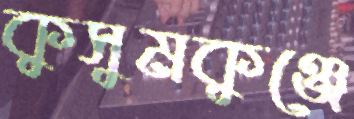
কুসুমকুঞ্জে